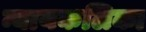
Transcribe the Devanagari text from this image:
न्यायकलिका